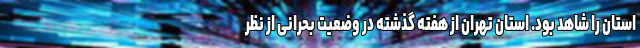
استان را شاهد بود. استان تهران از هفته گذشته در وضعیت بحرانی از نظر